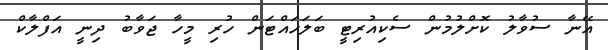
އޭނާ ސުވާލު ކޮށްލުމުން ސެކިއުރިޓީ ބަލަހައްޓަން ހުރި މީހާ ޖަވާބު ދިނީ އަފްލާކް